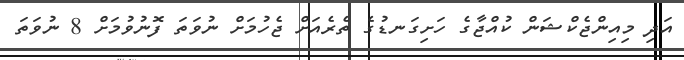
އަދި މިއިންޖެކްޝަން ކުއްޖާގެ ހަށިގަނޑުގެ ތެރެއަށް ޖެހުމަށް ނުވަތަ ފޮނުވުމަށް 8 ނުވަތަ